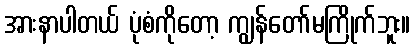
အားနာပါတယ် ပုံစံကိုတော့ ကျွန်တော်မကြိုက်ဘူး။